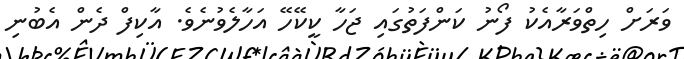
ވަރަށް ހިތްވަރާއެކު ފޯނު ކަންފަތުގައި ޖަހާ ކީކޭހޭ އަހާލެވުނެވެ. އާކިފް ދެން އެބުނި